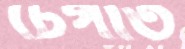
টেপাত